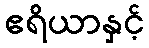
ဧရိယာနှင့်